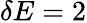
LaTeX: \delta E=2